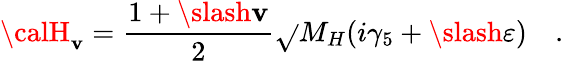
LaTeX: {\calH}_{\mathbf{v}}=\frac{{1+\slash{\mathbf{v}}}}{{2}}\sqrt{}{{M_{H}}}(i\gamma_{5}+\slash{\varepsilon})\quad.